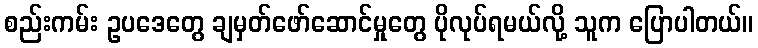
စည်းကမ်း ဥပဒေတွေ ချမှတ်ဖော်ဆောင်မှုတွေ ပိုလုပ်ရမယ်လို့ သူက ပြောပါတယ်။